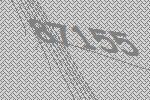
87155